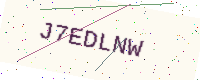
Text: J7EDLNW